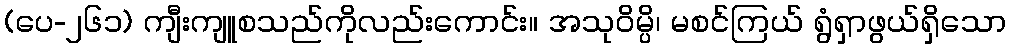
(ပေ-၂၆၁) ကျီးကျူစသည်ကိုလည်းကောင်း။ အသုဝိမ္ပိ၊ မစင်ကြယ် ရွံရှာဖွယ်ရှိသော